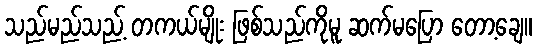
သည်မည်သည့် တကယ်မျိုး ဖြစ်သည်ကိုမူ ဆက်မပြော တော့ချေ။